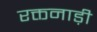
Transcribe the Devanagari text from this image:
रक्तनाड़ी